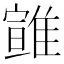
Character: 𩀈